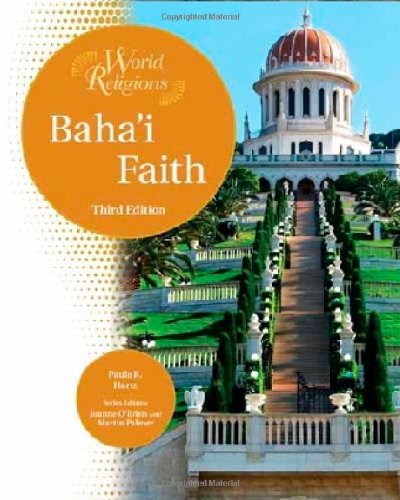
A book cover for Baha'i Faith (World Religions); Paula Hartz; Teen & Young Adult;